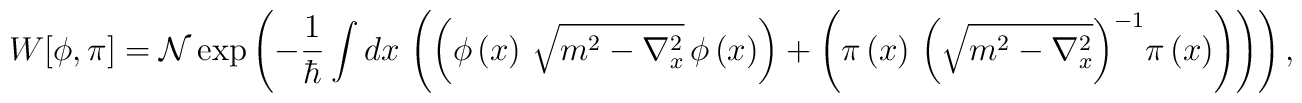
W[\phi,\pi] ={\cal N}\exp\left(  -\frac{1}{\hbar}\int dx\,\left(  \left(  \phi\left(  x\right)  \,\sqrt{m^{2}-\nabla_{x}^{2}}\,\phi\left(  x\right)\right) + \left(  {\pi}\left(  x\right)  \,\left(\sqrt{m^{2}-\nabla_{x}^{2}}\right) ^{-1}\! {\pi}\left(  x\right)  \right) \right) \right) ,